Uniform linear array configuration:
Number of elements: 4
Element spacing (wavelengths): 1
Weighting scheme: kaiser
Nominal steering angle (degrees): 30
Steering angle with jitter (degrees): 30.946
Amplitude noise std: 0.05
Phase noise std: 0.05

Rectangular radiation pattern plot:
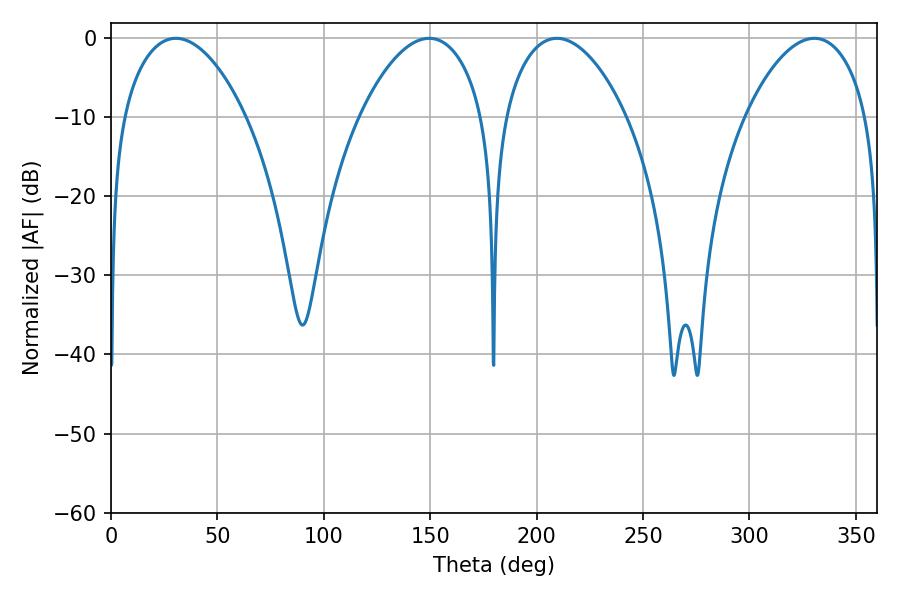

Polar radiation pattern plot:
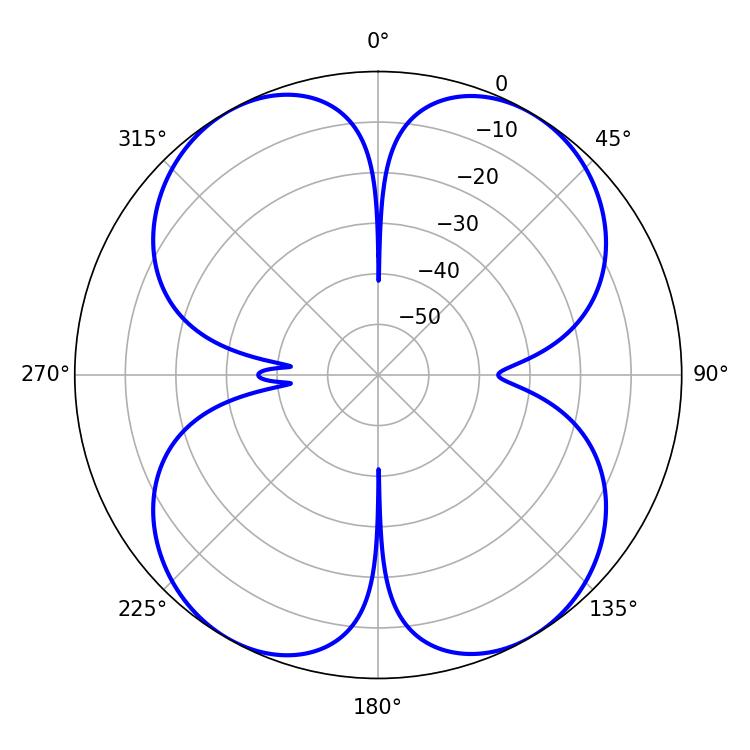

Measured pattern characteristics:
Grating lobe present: TRUE
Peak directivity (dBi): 19.518
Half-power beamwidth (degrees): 32.04
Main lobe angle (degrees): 209.52